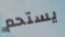
يستحم